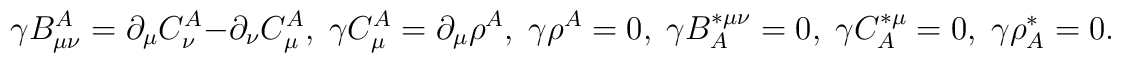
\gamma B^A_{\mu \nu} = \partial_\mu C^A_\nu - \partial_\nu C^A_\mu, \;\gamma C^A_\mu = \partial_\mu \rho^A, \; \gamma \rho^A = 0, \; \gamma B^{* \mu \nu}_A = 0, \; \gamma C^{* \mu}_A =  0, \;\gamma \rho^*_A = 0.